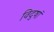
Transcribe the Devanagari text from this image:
विदुषां